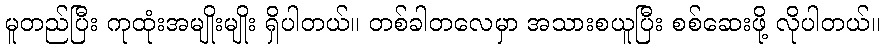
မူတည်ပြီး ကုထုံးအမျိုးမျိုး ရှိပါတယ်။ တစ်ခါတလေမှာ အသားစယူပြီး စစ်ဆေးဖို့ လိုပါတယ်။